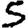
Digit: 5